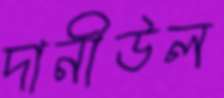
দানীউল